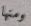
ومنها